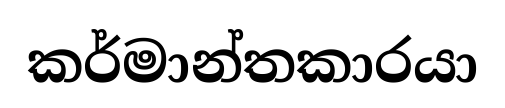
කර්මාන්තකාරයා